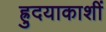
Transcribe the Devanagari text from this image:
ह्रुदयाकाशीं